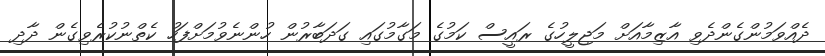
ދެއްވަމުންގެންދެވި އާޒިމާއަށް މަޖިލީހުގެ ރައީސް ކަމުގެ މަގާމުގައި ގަދަބާރުން ހުންނެވުމަށްފަހު ކެތްނުކުރެވިގެން ދާދި